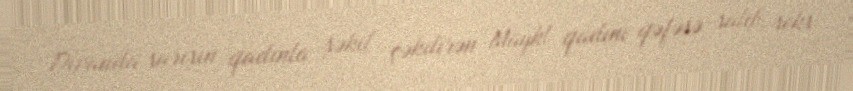
Divanda sarışın qadınla şəkil çəkdirən Maykl qadını qəfəsə salıb, seks